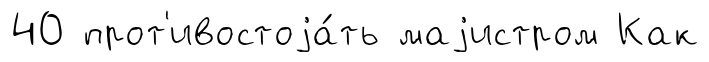
40 прот'ивостоjа́ть маjистром Как